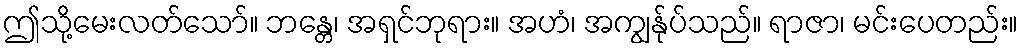
ဤသို့မေးလတ်သော်။ ဘန္တေ၊ အရှင်ဘုရား။ အဟံ၊ အကျွန်ုပ်သည်။ ရာဇာ၊ မင်းပေတည်း။